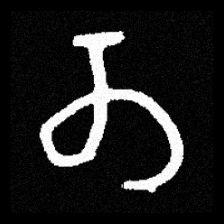
Pyu character \u2014 Myanmar letter: တ (romanized: ta)